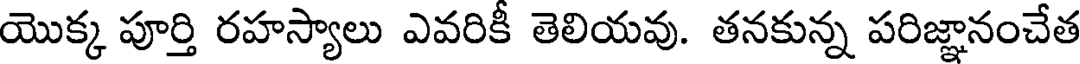
యొక్క పూర్తి రహస్యాలు ఎవరికీ తెలియవు. తనకున్న పరిజ్ఞానంచేత